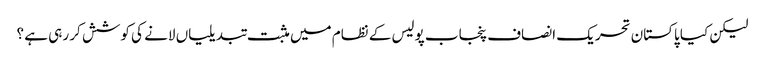
لیکن کیا پاکستان تحریک انصاف پنجاب پولیس کے نظام میں مثبت تبدیلیاں لانے کی کوشش کر رہی ہے ؟